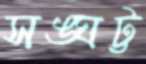
সঙ্ঘট্ট